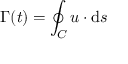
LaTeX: \Gamma ( t ) = \oint _ { C } { \boldsymbol { u } } \cdot \mathrm { d } { \boldsymbol { s } }